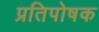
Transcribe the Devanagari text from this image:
प्रतिपोषक